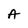
Character: A